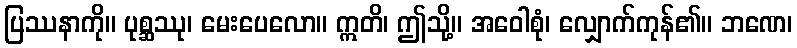
ပြဿနာကို။ ပုစ္ဆဿု၊ မေးပေလော။ ဣတိ၊ ဤသို့။ အဝေါစုံ၊ လျှောက်ကုန်၏။ ဘဏေ၊